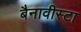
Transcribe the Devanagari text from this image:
बैनावीस्टा